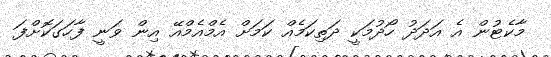
މާކެޓުން އެ އަދަދު ހޯދުމަކީ ދަތިކަމެއް ކަމަށް އެމްއެމްއޭ އިން ވަނީ ފާހަގަކޮށްފަ